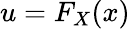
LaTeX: u=F_{X}(x)